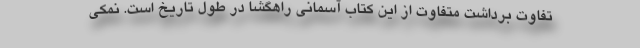
تفاوت برداشت متفاوت از این کتاب آسمانی راهگشا در طول تاریخ است. نمکی